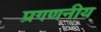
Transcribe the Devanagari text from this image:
प्रगणनीय